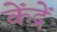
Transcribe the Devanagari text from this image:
केंद्रें